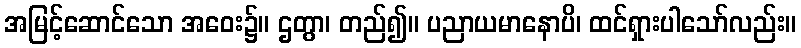
အမြင့်ဆောင်သော အဝေး၌။ ဌတွာ၊ တည်၍။ ပညာယမာနောပိ၊ ထင်ရှားပါသော်လည်း။